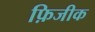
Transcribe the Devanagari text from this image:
फ़िजीक